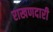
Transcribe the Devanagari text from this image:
राखणदारी